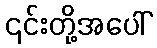
၎င်းတို့အပေါ်